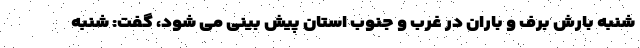
شنبه بارش برف و باران در غرب و جنوب استان پیش بینی می شود، گفت: شنبه